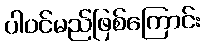
ပါဝင်မည်ဖြစ်ကြောင်း